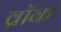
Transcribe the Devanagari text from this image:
व्रॉक